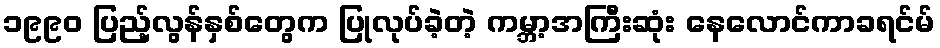
၁၉၉၀ ပြည့်လွန်နှစ်တွေက ပြုလုပ်ခဲ့တဲ့ ကမ္ဘာ့အကြီးဆုံး နေလောင်ကာခရင်မ်